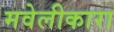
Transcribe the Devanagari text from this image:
मवेलीकारा